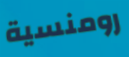
رومنسية